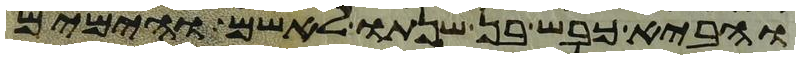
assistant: והביא כבש בן שנתו לאשם והימים